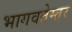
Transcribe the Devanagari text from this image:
भागवतेम्तर